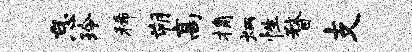
怠玲稀朔高桷炳性瞀支